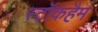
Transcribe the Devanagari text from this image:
स्टॉकहैम